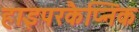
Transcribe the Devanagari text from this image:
हाइपरकैप्निक